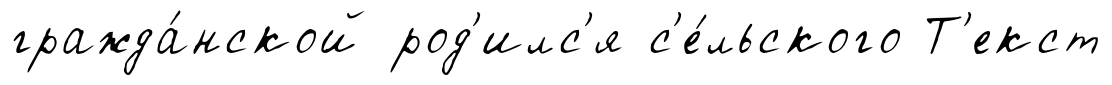
гражда́нской род'илс'я с'е́льского Т'екст